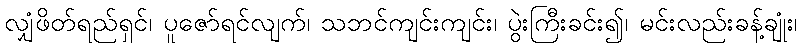
လျှံဖိတ်ရည်ရှင်၊ ပူဇော်ရင်လျက်၊ သဘင်ကျင်းကျင်း၊ ပွဲးကြီးခင်း၍၊ မင်းလည်းခန့်ချုံး၊